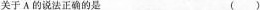
关于A的说法正确的是()